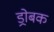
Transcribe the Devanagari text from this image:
ड्रोबक